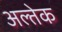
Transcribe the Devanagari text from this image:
अल्तेक